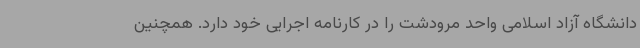
دانشگاه آزاد اسلامی واحد مرودشت را در کارنامه اجرایی خود دارد. همچنین